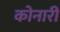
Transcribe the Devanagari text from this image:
कोनारी